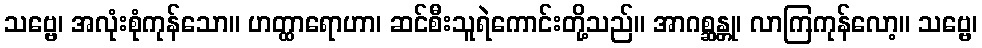
သဗ္ဗေ၊ အလုံးစုံကုန်သော။ ဟတ္ထာရောဟာ၊ ဆင်စီးသူရဲကောင်းတို့သည်။ အာဂစ္ဆန္တု၊ လာကြကုန်လော့။ သဗ္ဗေ၊